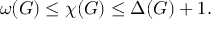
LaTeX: \omega ( G ) \leq \chi ( G ) \leq \Delta ( G ) + 1 .